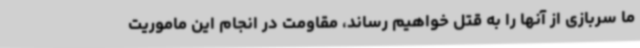
ما سربازی از آنها را به قتل خواهیم رساند، مقاومت در انجام این ماموریت